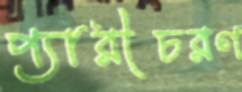
প্যারীচরণ